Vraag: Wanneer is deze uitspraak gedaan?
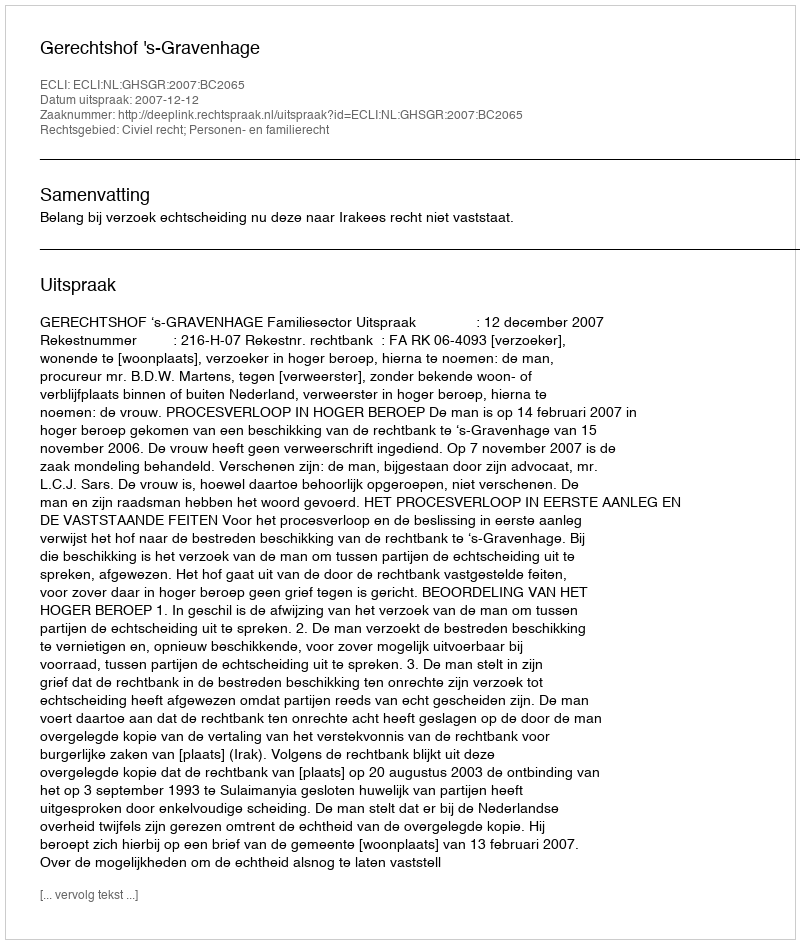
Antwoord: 2007-12-12